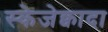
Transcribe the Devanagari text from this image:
स्केजेक्वादा